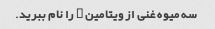
سه میوه غنی از ویتامین C را نام ببرید.